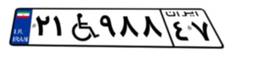
۲۱W۹۸۸۴۷